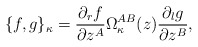
\begin{align*}\{ f, g \}_{\kappa} = \frac{\partial_r f}{\partial z^A}\Omega^{AB}_{\kappa}(z)\frac{\partial_l g}{\partial z^B} ,\end{align*}